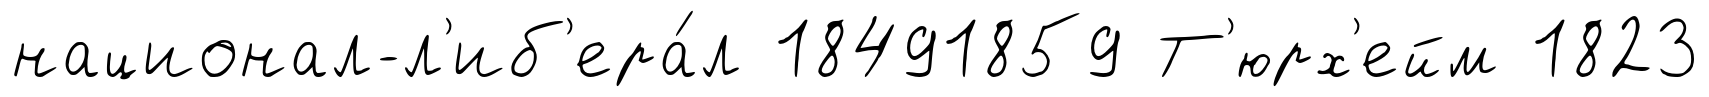
национал-л'иб'ера́л 18491859 Т'юрх'ейм 1823